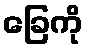
ခြေကို